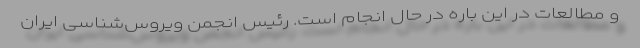
و مطالعات در این باره در حال انجام است. رئیس انجمن ویروس‌شناسی ایران